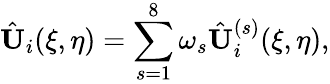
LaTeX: \hat{\mathbf{U}}_{i}(\xi,\eta)=\sum_{s=1}^{8}\omega_{s}\hat{\mathbf{U}}_{i}^{(s)}(\xi,\eta),